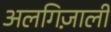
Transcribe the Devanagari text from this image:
अलगिज़ाली